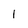
Character: 1